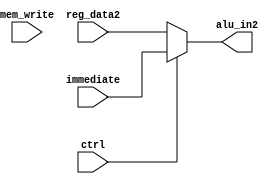
module PipelineALUmux(input [31:0] immediate, input [31:0] reg_data2, input ctrl, input mem_write, output [31:0]alu_in2);

assign alu_in2=ctrl?immediate:reg_data2;
endmodule